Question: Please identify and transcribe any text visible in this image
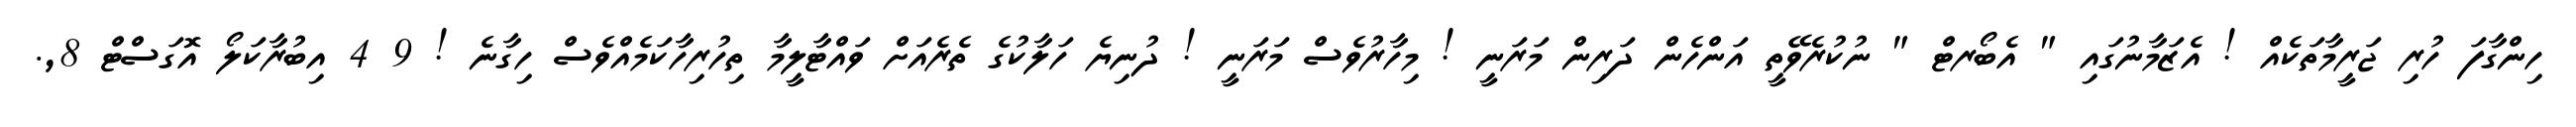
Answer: ހިންގާފަ ހުރި ޖަރީމާތަކެއް ! އެޒަމާނުގައި " އެބޯރޓް " ނުކުރެވޭތީ އަންހެން ދަރިން މަރަނީ ! މިހާރުވެސް މަރަނީ ! ދުނިޔެ ހަލާކުގެ ތެރެއަށް ވައްޓާލީމާ ތިހުރިހާކަމެއްވެސް ހިގާނެ ! 9 4 އިބުރާކަލޯ އޮގަސްޓް 8,.